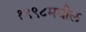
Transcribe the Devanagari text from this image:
१९९८मधील